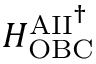
H _ { \mathrm { O B C } } ^ { \mathrm { A I I } ^ { \dag } }